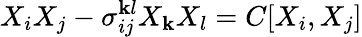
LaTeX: X_{i}X_{j}-\sigma_{ij}^{\mathbf{k}l}X_{\mathbf{k}}X_{l}=C[X_{i},X_{j}]